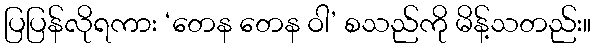
ပြပြန်လိုရကား ‘တေန တေန ဝါ’ စသည်ကို မိန့်သတည်း။